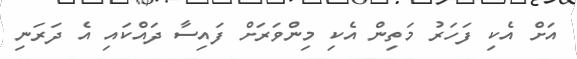
އަށް އެކި ފަހަރު މަތިން އެކި މިންވަރަށް ފައިސާ ދައްކައި އެ ދަރަނި